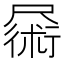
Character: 𪨜